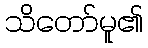
သိတော်မူ၏